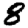
Digit: 8